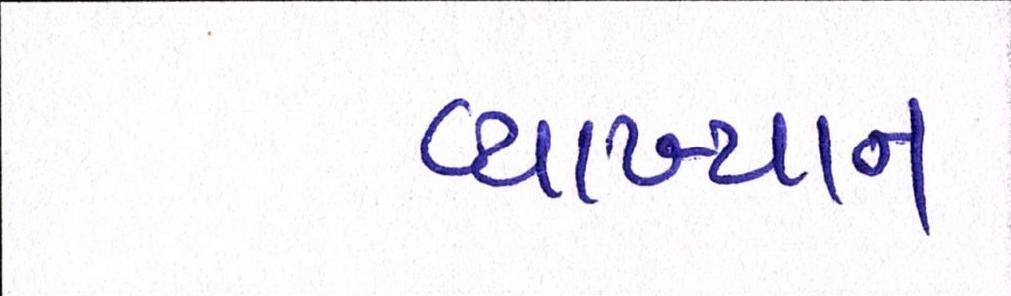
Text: વ્યાખ્યાન